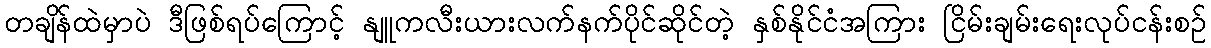
တချိန်ထဲမှာပဲ ဒီဖြစ်ရပ်ကြောင့် နျူကလီးယားလက်နက်ပိုင်ဆိုင်တဲ့ နှစ်နိုင်ငံအကြား ငြိမ်းချမ်းရေးလုပ်ငန်းစဉ်